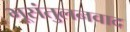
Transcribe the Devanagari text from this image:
भूसंतुलनवाद